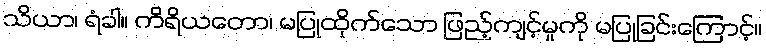
သိယာ၊ ရံခါ။ ကိရိယတော၊ မပြုထိုက်သော ဖြည့်ကျင့်မှုကို မပြုခြင်းကြောင့်။